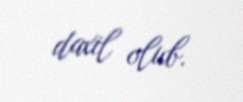
daxil olub.